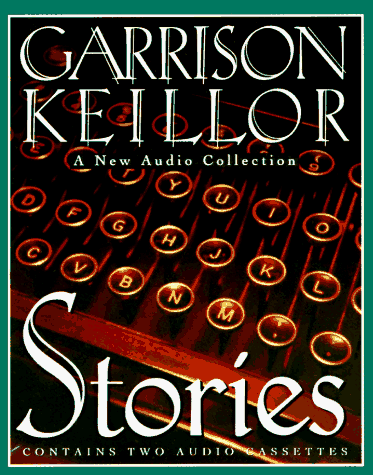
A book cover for Stories: An Audio Collection; Garrison Keillor; Humor & Entertainment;